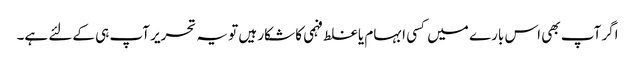
اگر آپ بھی اس بارے میں کسی ابہام یا غلط فہمی کا شکار ہیں تو یہ تحریر آپ ہی کےلئے ہے۔